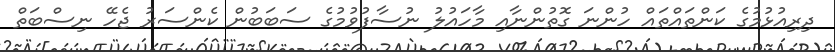
ދިރިއުޅުމުގެ ކަންތައްތައް ހުންނަ ގޮތުންނާއި މާހައުލު ނުސާފުވުމުގެ ސަބަބުން ކެންސަރު ޖެހޭ ނިސްބަތް